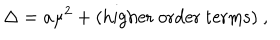
\Delta = a \mu ^ { 2 } + ( \mathrm { h i g h e r \ o r d e r \ t e r m s } ) \ ,